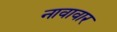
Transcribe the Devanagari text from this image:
नावावार